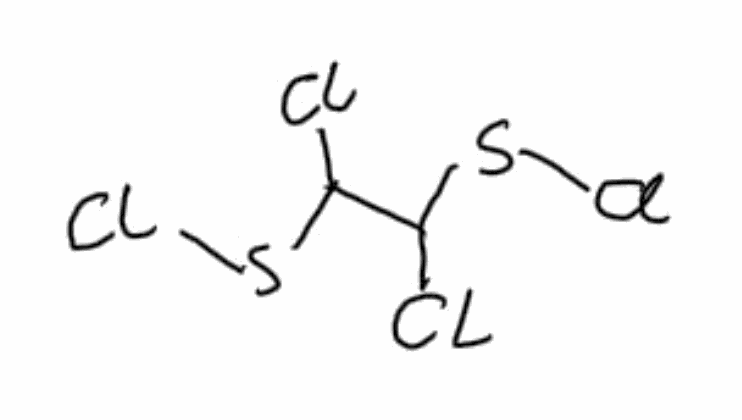
Simplified molecular-input line-entry system (SMILES) notation of the given molecule:
C1=C[Se]P=C1